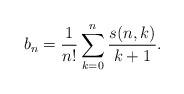
LaTeX: \begin{align*}b_n=\frac1{n!}\sum_{k=0}^n\frac{s(n,k)}{k+1}.\end{align*}